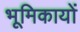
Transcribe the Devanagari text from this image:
भूमिकायों